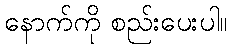
နောက်ကို စည်းပေးပါ။